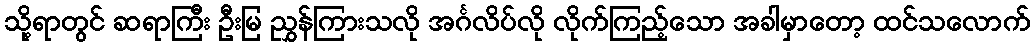
သို့ရာတွင် ဆရာကြီး ဦးမြ ညွှန်ကြားသလို အင်္ဂလိပ်လို လိုက်ကြည့်သော အခါမှာတော့ ထင်သလောက်